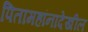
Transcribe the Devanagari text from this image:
पितामहांनादेखील